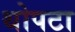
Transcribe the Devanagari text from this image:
थोपटा